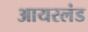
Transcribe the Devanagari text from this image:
आयरलंड